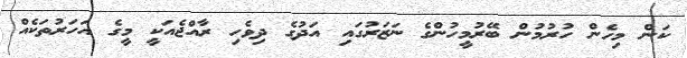
ކަން މިހެން ހުރުމުން ބޭރުމީހުންގެ ނަޒަރުގައި އަދުގެ ދިވެހި ރާއްޖެއަކީ މީގެ އަހަރުތަކެއް